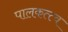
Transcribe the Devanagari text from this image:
पालकत्त्व